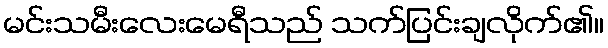
မင်းသမီးလေးမေရီသည် သက်ပြင်းချလိုက်၏။